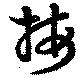
按